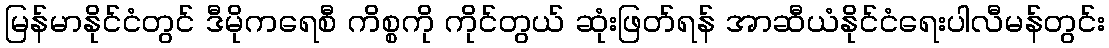
မြန်မာနိုင်ငံတွင် ဒီမိုကရေစီ ကိစ္စကို ကိုင်တွယ် ဆုံးဖြတ်ရန် အာဆီယံနိုင်ငံရေးပါလီမန်တွင်း